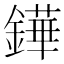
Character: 鏵